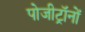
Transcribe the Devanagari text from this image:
पोजीट्रॉनों